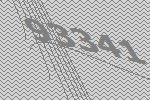
93341